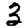
Digit: 3